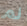
لم